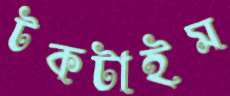
টকটাইম